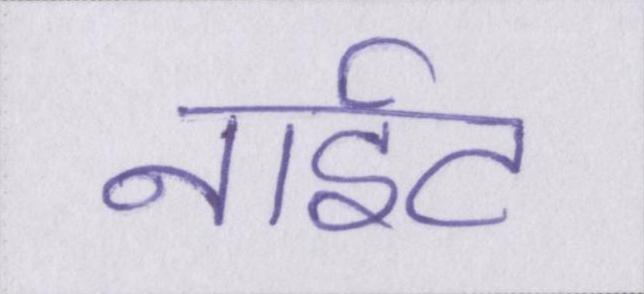
नाईट